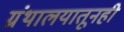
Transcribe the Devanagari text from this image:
ग्रंथालयातूनही